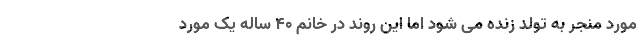
مورد منجر به تولد زنده می شود اما این روند در خانم ۴۰ ساله یک مورد